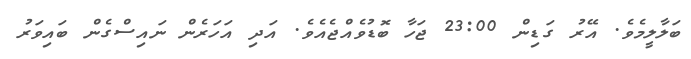
ބަލާލީމެވެ. އޭރު ގަޑިން 23:00 ޖަހާ ބޮޑުވެއްޖެއެވެ. އަދި އަހަރެން ނައިސްގެން ބައިވަރު